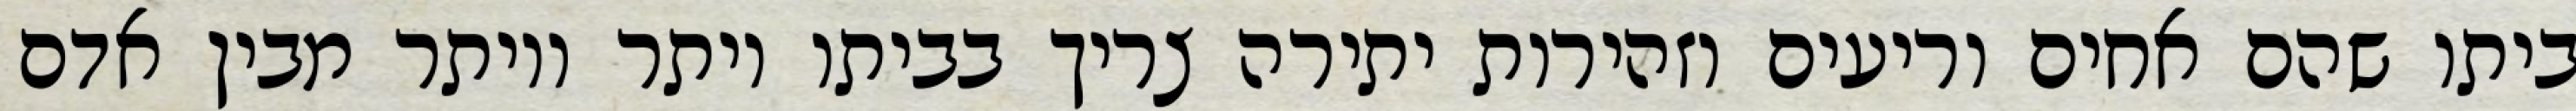
ביתו שהם אחים וריעים וזהירות יתירה צריך בביתו יותר ויותר מבין אדם